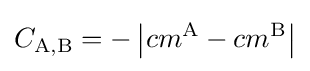
C_{\mathrm {A,B} }=-\left|cm^{\mathrm {A} }-cm^{\mathrm {B} }\right|